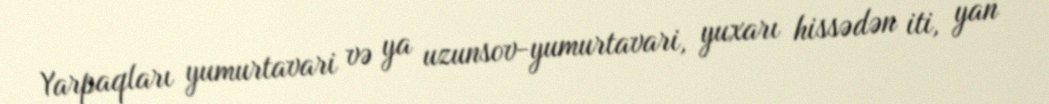
Yarpaqları yumurtavari və ya uzunsov-yumurtavari, yuxarı hissədən iti, yan